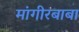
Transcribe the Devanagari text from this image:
मांगीरबाबा